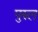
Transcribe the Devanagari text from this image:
पुरुल